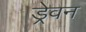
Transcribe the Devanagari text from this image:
ड्रेवन